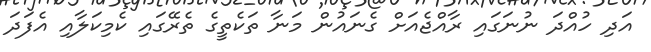
އަދި ހުއްދަ ނުނަގައި ރާއްޖެއަށް ގެނައުން މަނާ ތަކެތީގެ ތެރޭގައި ކެމިކަލާއި އެފަދަ